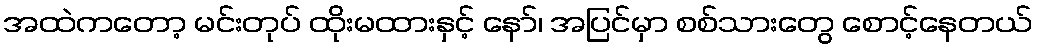
အထဲကတော့ မင်းတုပ် ထိုးမထားနှင့် နော်၊ အပြင်မှာ စစ်သားတွေ စောင့်နေတယ်